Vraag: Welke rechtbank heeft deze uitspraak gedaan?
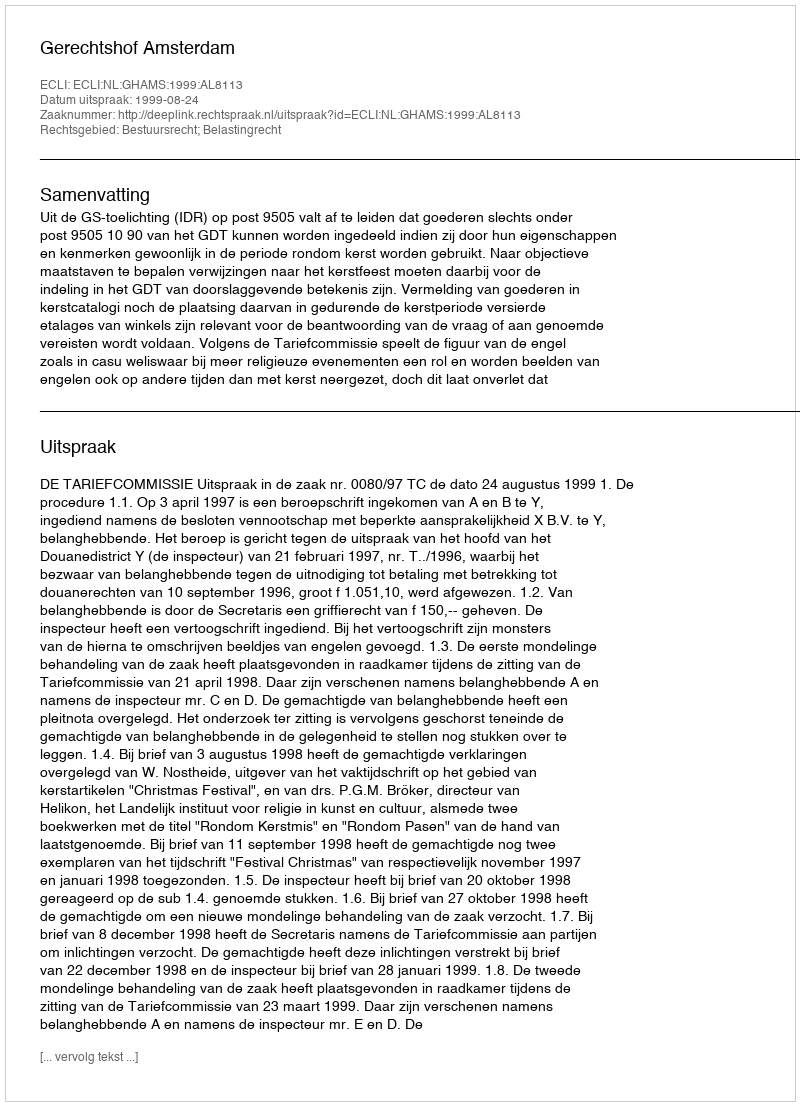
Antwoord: Gerechtshof Amsterdam